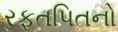
રફતપિતનો